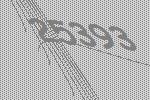
25393